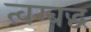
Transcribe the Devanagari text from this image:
त्वग्बद्ध